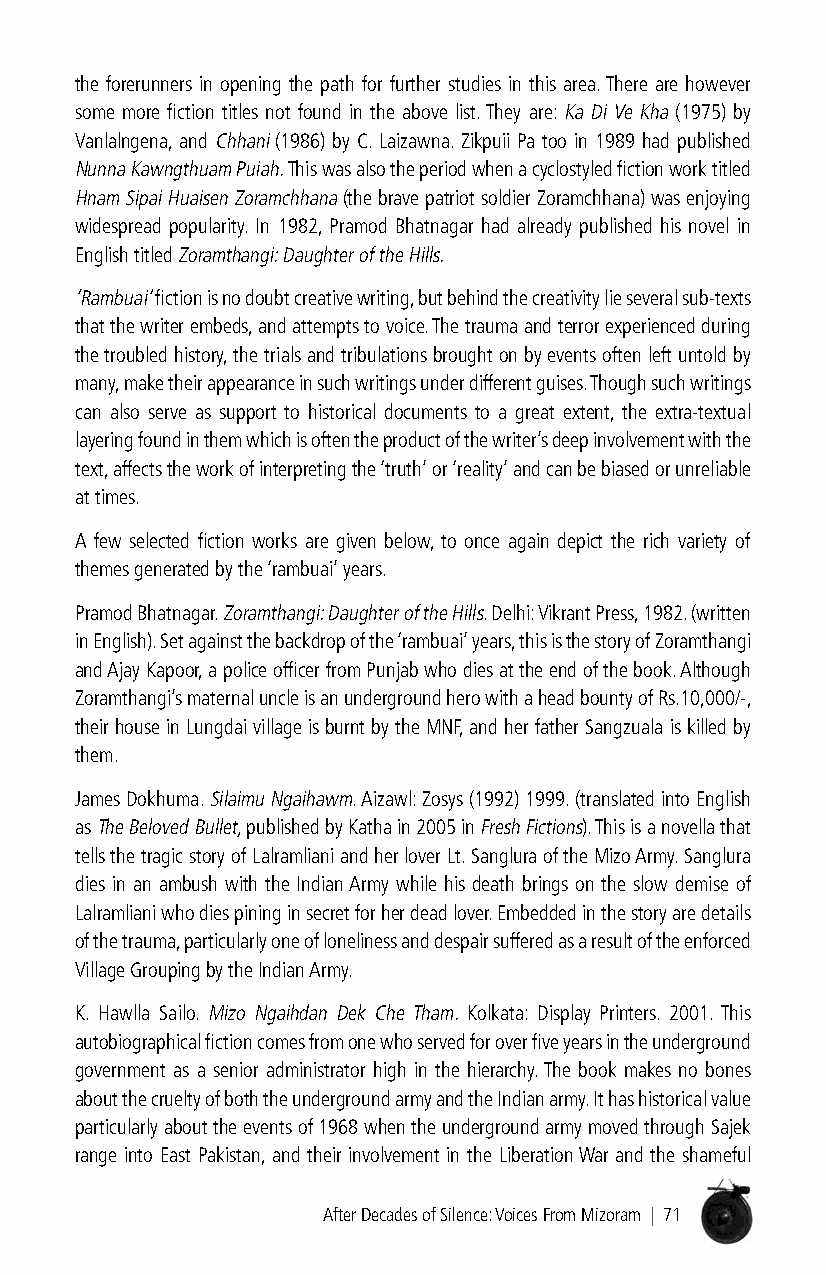
the forerunners in opening the path for further studies in this area. There are however
 some more fiction titles not found in the above list. They are: Ka Di Ve Kha (1975) by
 Vanlalngena, and Chhani (1986) by C. Laizawna. Zikpuii Pa too in 1989 had published
 Nunna Kawngthuam Puiah. This was also the period when a cyclostyled fiction work titled
 Hnam Sipai Huaisen Zoramchhana (the brave patriot soldier Zoramchhana) was enjoying
 widespread popularity. In 1982, Pramod Bhatnagar had already published his novel in
 English titled Zoramthangi: Daughter of the Hills.
 ‘Rambuai’ fiction is no doubt creative writing, but behind the creativity lie several sub-texts
 that the writer embeds, and attempts to voice. The trauma and terror experienced during
 the troubled history, the trials and tribulations brought on by events often left untold by
 many, make their appearance in such writings under different guises. Though such writings
 can also serve as support to historical documents to a great extent, the extra-textual
 layering found in them which is often the product of the writer’s deep involvement with the
 text, affects the work of interpreting the ‘truth’ or ‘reality’ and can be biased or unreliable
 at times.
 A few selected fiction works are given below, to once again depict the rich variety of
 themes generated by the ‘rambuai’ years.
 Pramod Bhatnagar. Zoramthangi: Daughter of the Hills. Delhi: Vikrant Press, 1982. (written
 in English). Set against the backdrop of the ‘rambuai’ years, this is the story of Zoramthangi
 and Ajay Kapoor, a police officer from Punjab who dies at the end of the book. Although
 Zoramthangi’s maternal uncle is an underground hero with a head bounty of Rs.10,000/-,
 their house in Lungdai village is burnt by the MNF, and her father Sangzuala is killed by
 them.
 James Dokhuma. Silaimu Ngaihawm. Aizawl: Zosys (1992) 1999. (translated into English
 as The Beloved Bullet, published by Katha in 2005 in Fresh Fictions). This is a novella that
 tells the tragic story of Lalramliani and her lover Lt. Sanglura of the Mizo Army. Sanglura
 dies in an ambush with the Indian Army while his death brings on the slow demise of
 Lalramliani who dies pining in secret for her dead lover. Embedded in the story are details
 of the trauma, particularly one of loneliness and despair suffered as a result of the enforced
 Village Grouping by the Indian Army.
 K. Hawlla Sailo. Mizo Ngaihdan Dek Che Tham. Kolkata: Display Printers. 2001. This
 autobiographical fiction comes from one who served for over five years in the underground
 government as a senior administrator high in the hierarchy. The book makes no bones
 about the cruelty of both the underground army and the Indian army. It has historical value
 particularly about the events of 1968 when the underground army moved through Sajek
 range into East Pakistan, and their involvement in the Liberation War and the shameful
 After Decades of Silence: Voices From Mizoram | 71